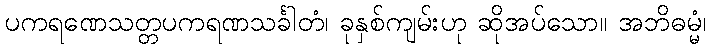
ပကရဏေသတ္တပကရဏသင်္ခါတံ၊ ခုနှစ်ကျမ်းဟု ဆိုအပ်သော။ အဘိဓမ္မံ၊